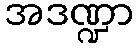
အဒဏ္ဍာ